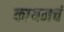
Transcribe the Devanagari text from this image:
कायमचं